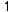
1